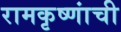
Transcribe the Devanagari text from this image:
रामकृष्णांची